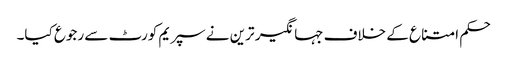
حکم امتناع کے خلاف جہانگیر ترین نے سپریم کورٹ سے رجوع کیا۔